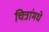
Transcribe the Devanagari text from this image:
चित्रांमधे